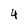
Character: 4